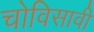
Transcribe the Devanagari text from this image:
चोविसावी